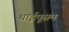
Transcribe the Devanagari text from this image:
थाईपूसम